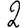
Digit: 2